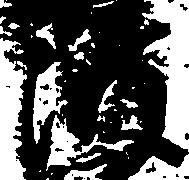
波